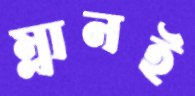
ম্লানই